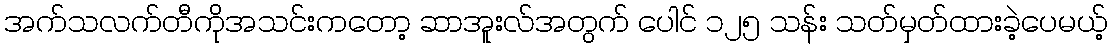
အက်သလက်တီကိုအသင်းကတော့ ဆာအူးလ်အတွက် ပေါင် ၁၂၅ သန်း သတ်မှတ်ထားခဲ့ပေမယ့်